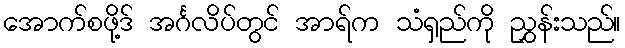
အောက်စဖို့ဒ် အင်္ဂလိပ်တွင် အာရ်က သံရှည်ကို ညွှန်းသည်။